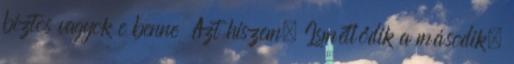
biztos vagyok e benne Azt hiszem. Ismétlődik a második,